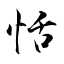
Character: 恬